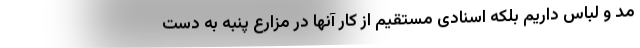
مد و لباس داریم بلکه اسنادی مستقیم از کار آنها در مزارع پنبه به دست